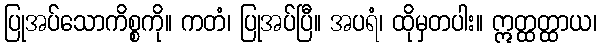
ပြုအပ်သောကိစ္စကို။ ကတံ၊ ပြုအပ်ပြီ။ အပရံ၊ ထိုမှတပါး။ ဣတ္ထတ္ထာယ၊